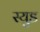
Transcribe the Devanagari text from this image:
स्युड